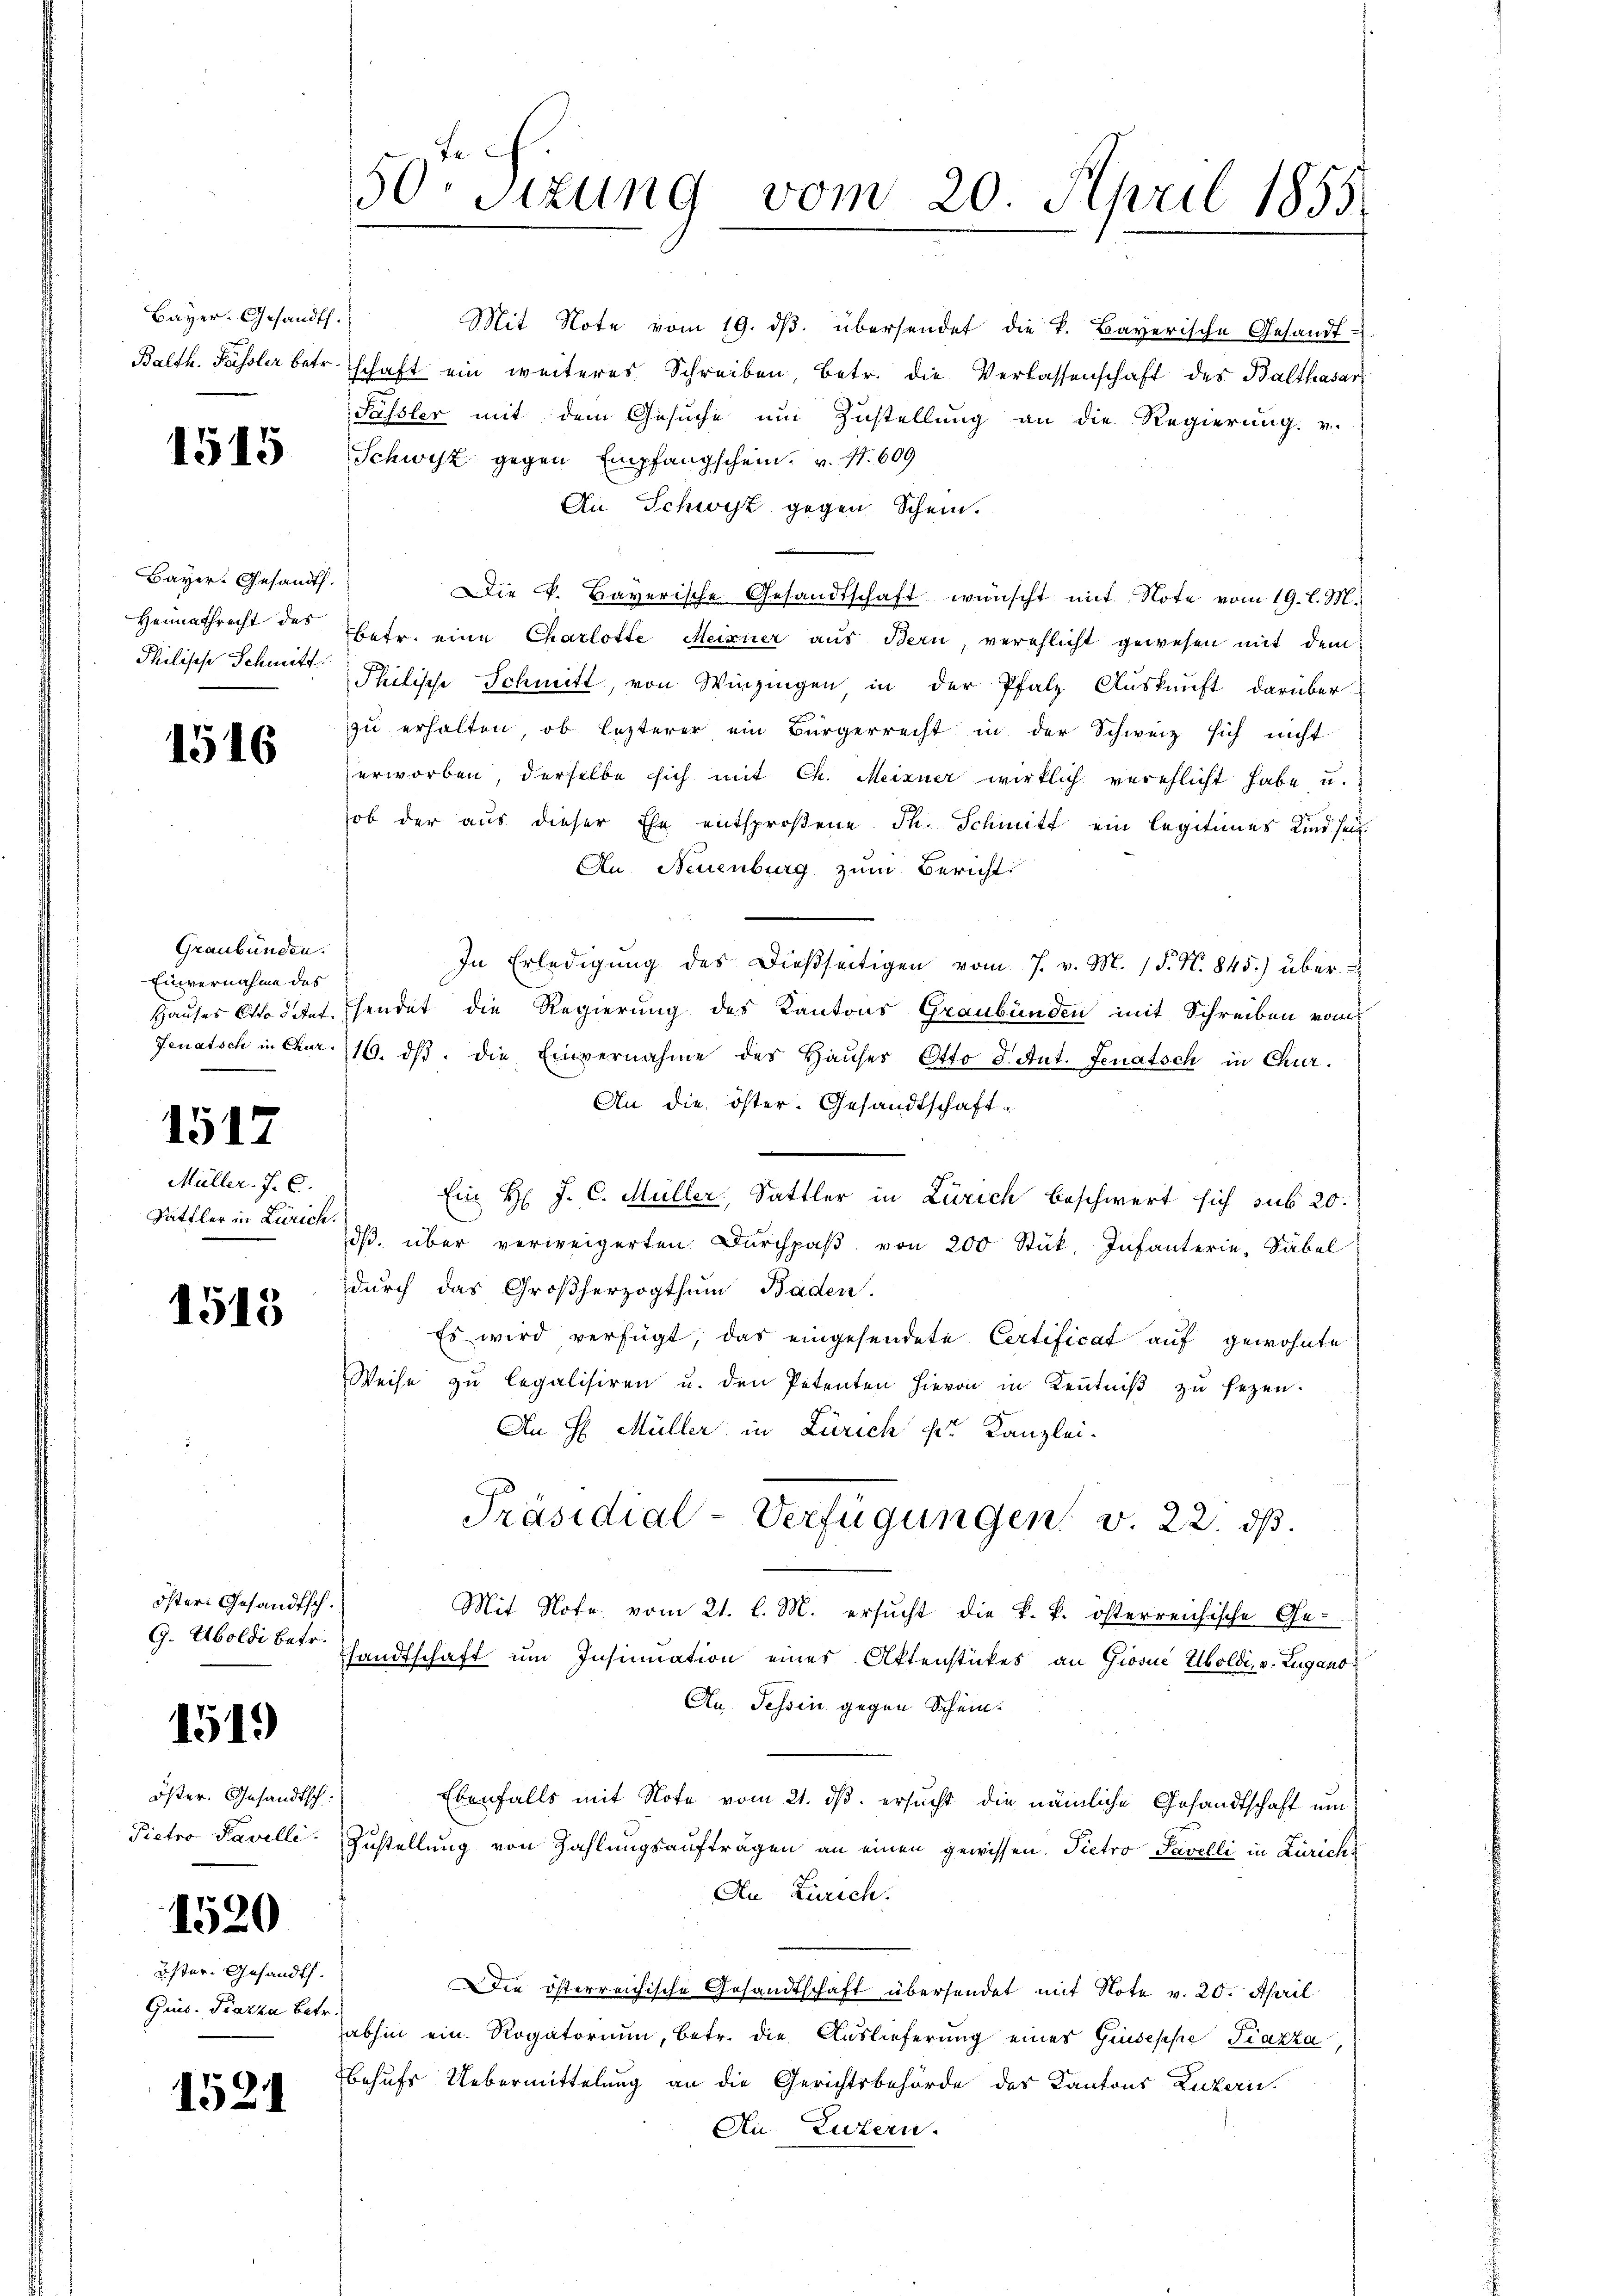
Bayer. Gesandts.

1515

Bayer. Gesandt.
Heimathrecht des
Philische Schmitt

1516

Graubünden.
Einvernahme des

1517

Müller. J. C.
Sattler in Zürich.

1513

öster Gesandtsch.
G. Uboldi betr.

1519

öster. Gesandtsch
Pietro Pavilli

1520

öster- Gesandt.
Quns. Piazza betr.

1521

Mit Note vom 19. dβ. übersendet die k. Bayerische Gesandt-
Balth. Fassler betr. schaft ein weiteres Schreiben, betr. die Verlassenschaft des Balthasar
Sassler mit dem Gesuche um Zustellung an die Regierung. v.
Schwyz gegen Empfangschein. v. 1. 609
An Schwyz gegen Schein.
Die k. Bayerische Gesandtschaft wünscht mit Note vom 19. l. M.
betr. eine Charlotte Meixner aus Bern, verehlicht gewesen mit dem
Philische Schmitt, von Winzingen, in der Pfalz Auskunft darüber
zu erhalten, ob lezterer ein Bürgerrecht in der Schweiz sich nicht
erworben, derselbe sich mit Ch. Meixner wirklich verehlicht habe u.
ob der aus dieser Ehe entsprosene Th. Schmitt ein legitimes Kind sei
An Neuenburg zum Bericht
In Erledigung des Dießseitigen vom 7. v. M. P. N. 845.) über
Hauses Stadttet, sendet die Regierung des Kantons Graubünden mit Schreiben vom
Jenatsch in Chur 116. dβ. die Einvernahme des Haŭser Otto d. Ant. Senatsch in Chur-
An die öster. Gesandtschaft¬
Ein H. J. C. Müller, Sattler in Zürich beschwert sich sub 20.
dβ über verweigerten Dŭrchpaβ von 200 Stük. Infanterie, Säbel
durch das Großherzogthum Baden.
Es wird verfügt, das eingesendete Certificat auf gewohnte
Weise zŭ legalisiren u. den Petenten hievon in Keṅtniβ zŭ sezen.
An H. Müller in Zürich der Kanzlei-
Präsidial-Verfügungen v. 22. ds.
Mit Nofe vom 21. l. M. ersŭcht die k. k. österreichische Ge-
sandtschaft um Insinuation eines Aktenstückes an Giović Uboldi, v. Zugano
Au. Tessin gegen Schein
Ebenfalls mit Note vom 21. ds. ersucht die nämliche Gesandtschaft um
Zustellung von Zahlungsaufträgen an einen gewissen. Pietro Pavelli in Zürich¬
An Zürich.
Die österreichische Gesandtschaft übersendet mit Note v. 20. April
abhin ein Rogatorium, betr. die Auslieferung eines Giuseppe Piazza,
behufs Uebermittelung an die Gerichtsbehörde des Kantons Luzern
Au. Luzern.

50. Sitzung vom 20. April 1855.